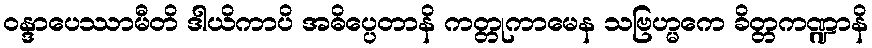
ဝန္ဒာပေဿာမီတိ ဒါယိကာပိ အဓိပ္ပေတာနိ ကတ္တုကာမေန သဗြဟ္မကေ ခိတ္တကဏ္ဍာနိ